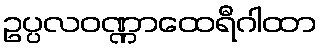
ဥပ္ပလဝဏ္ဏာထေရီဂါထာ